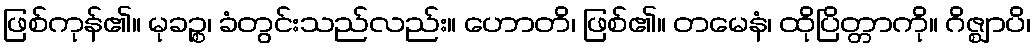
ဖြစ်ကုန်၏။ မုခဉ္စ၊ ခံတွင်းသည်လည်း။ ဟောတိ၊ ဖြစ်၏။ တမေနံ၊ ထိုပြိတ္တာကို။ ဂိဇ္ဈာပိ၊